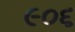
૯૦૬